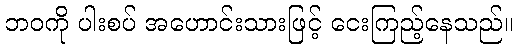
ဘဝကို ပါးစပ် အဟောင်းသားဖြင့် ငေးကြည့်နေသည်။